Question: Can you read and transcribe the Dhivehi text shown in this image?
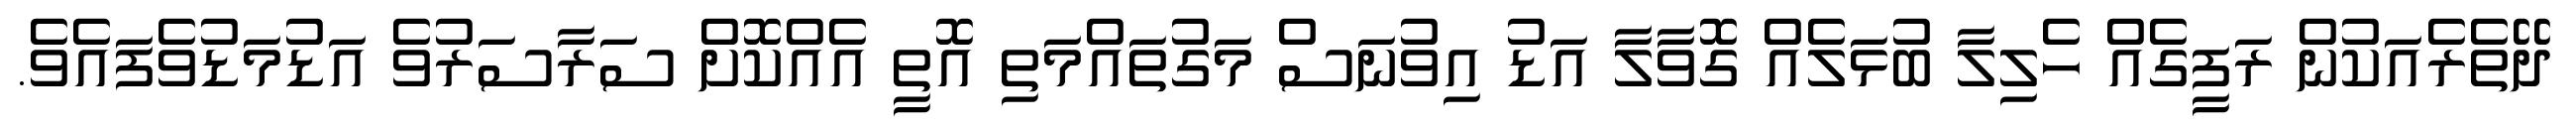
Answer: ދޭތެރެއަކުން ރަފީގެއް ހެލިލާ ބުޅަލެއް ގޮވާލާ އަޑު އިވުނަސް މަގުތައްމަތި އޮތީ އެއްކޮށް ސަރާސަރުވެ އަޑުމަޑުވެފައެވެ.